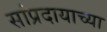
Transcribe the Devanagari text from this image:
सांप्रदायाच्या